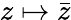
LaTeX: z\mapsto{\bar{z}}